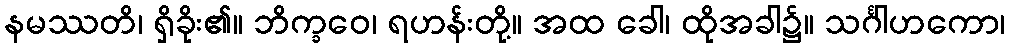
နမဿတိ၊ ရှိခိုး၏။ ဘိက္ခဝေ၊ ရဟန်းတို့။ အထ ခေါ၊ ထိုအခါ၌။ သင်္ဂါဟကော၊